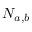
N _ { a , b }